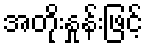
အတိုးနှုန်းဖြင့်